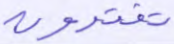
تفترون